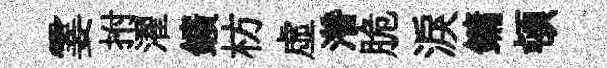
霎拊濯鑛枋虛濳脆淚鏞頓